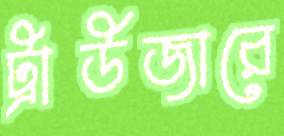
ট্রাউজারে